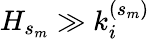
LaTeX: H_{s_{m}}\gg k_{i}^{(s_{m})}